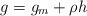
LaTeX: \begin{align*} g=g_m+\rho h\end{align*}